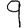
Digit: 9